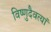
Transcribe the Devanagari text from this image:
विष्णुदैवत्यां